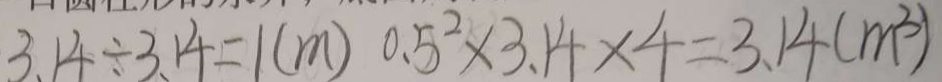
3 . 1 4 \div 3 1 4 = 1 ( m ) 0 . 5 ^ { 2 } \times 3 . 1 4 \times 4 = 3 . 1 4 ( m ^ { 3 } )